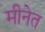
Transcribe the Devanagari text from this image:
मीनेत